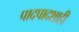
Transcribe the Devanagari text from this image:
पादपादशाही